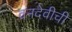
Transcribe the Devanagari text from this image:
वनदेवीची